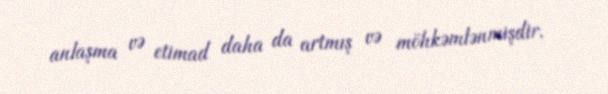
anlaşma və etimad daha da artmış və möhkəmlənmişdir.